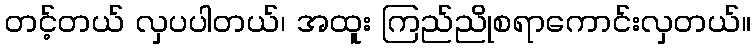
တင့်တယ် လှပပါတယ်၊ အထူး ကြည်ညိုစရာကောင်းလှတယ်။